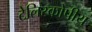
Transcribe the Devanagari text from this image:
टेलिस्कोपीय